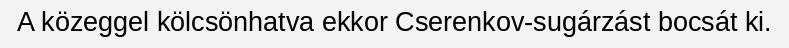
A közeggel kölcsönhatva ekkor Cserenkov-sugárzást bocsát ki.